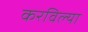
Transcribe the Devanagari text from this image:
करविल्या